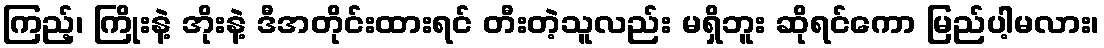
ကြည့်၊ ကြိုးနဲ့ အိုးနဲ့ ဒီအတိုင်းထားရင် တီးတဲ့သူလည်း မရှိဘူး ဆိုရင်ကော မြည်ပါ့မလား၊